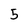
Character: 5